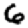
Digit: 6